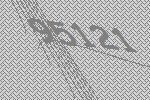
95121